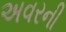
અવરની